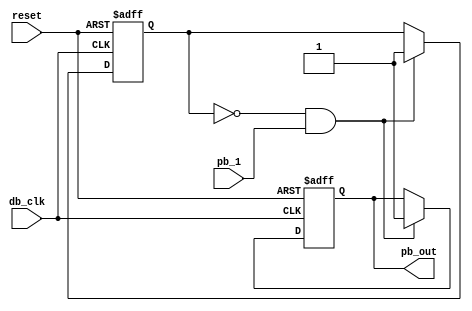
module debounce_D2(input pb_1,db_clk,reset,output reg pb_out);
reg flag;
always @(posedge  db_clk or negedge reset)
begin
    if(!reset)
    begin
       flag <= 0;
       pb_out <= 0;
    end
    else 
        if(!flag && pb_1)
        begin
            pb_out <= 1;
            flag <= 1;
        end
end
endmodule